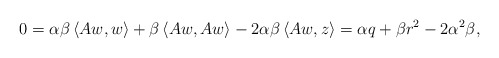
\begin{align*} 0 = \alpha\beta\left\langle Aw,w\right\rangle + \beta\left\langle Aw,Aw\right\rangle -2\alpha\beta\left\langle Aw,z\right\rangle = \alpha q + \beta r^2 - 2\alpha^2\beta, \end{align*}